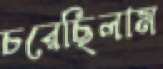
চরেছিলাম